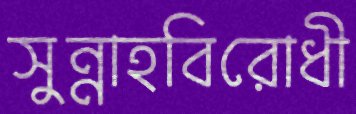
সুন্নাহবিরোধী